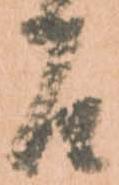
召